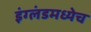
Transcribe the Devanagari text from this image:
इंग्लंडमध्येच